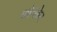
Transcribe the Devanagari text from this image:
कोन्सेप्ट